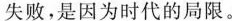
失败，是因为时代的局限。